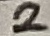
Text: 2